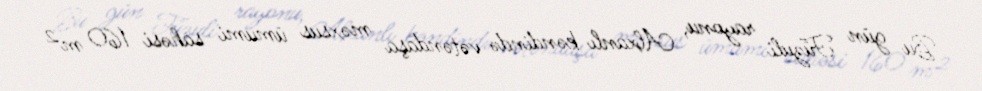
Bu gün Füzuli rayonu, Alxanlı kəndində vətəndaşa məxsus ümumi sahəsi 160 m²